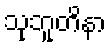
သုဘူတိနာ